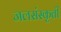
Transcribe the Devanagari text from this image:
जलसंस्कृती